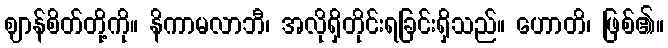
ဈာန်စိတ်တို့ကို။ နိကာမလာဘီ၊ အလိုရှိတိုင်းရခြင်းရှိသည်။ ဟောတိ၊ ဖြစ်၏။